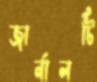
জার্নালটি